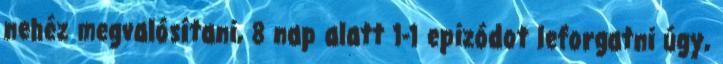
nehéz megvalósítani, 8 nap alatt 1-1 epizódot leforgatni úgy,